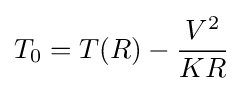
T_{0}=T(R)-{\frac {V^{2}}{KR}}